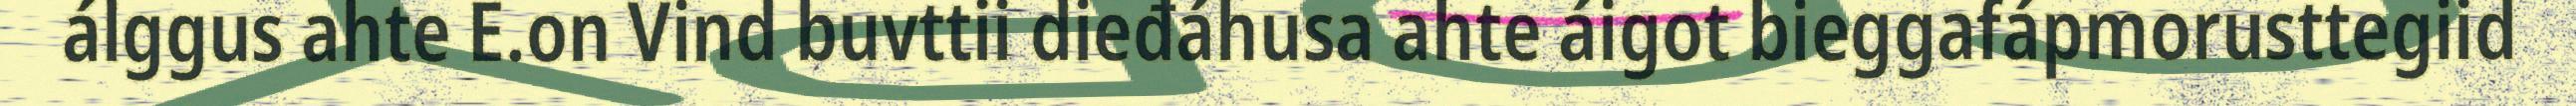
álggus ahte E.on Vind buvttii dieđáhusa ahte áigot bieggafápmorusttegiid